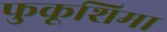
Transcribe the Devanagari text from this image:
फुकूशिमा